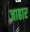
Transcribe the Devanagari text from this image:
जाहार